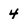
Character: 4